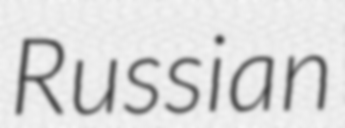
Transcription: Russian